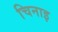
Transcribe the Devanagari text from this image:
चिनाइ